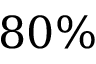
8 0 \%